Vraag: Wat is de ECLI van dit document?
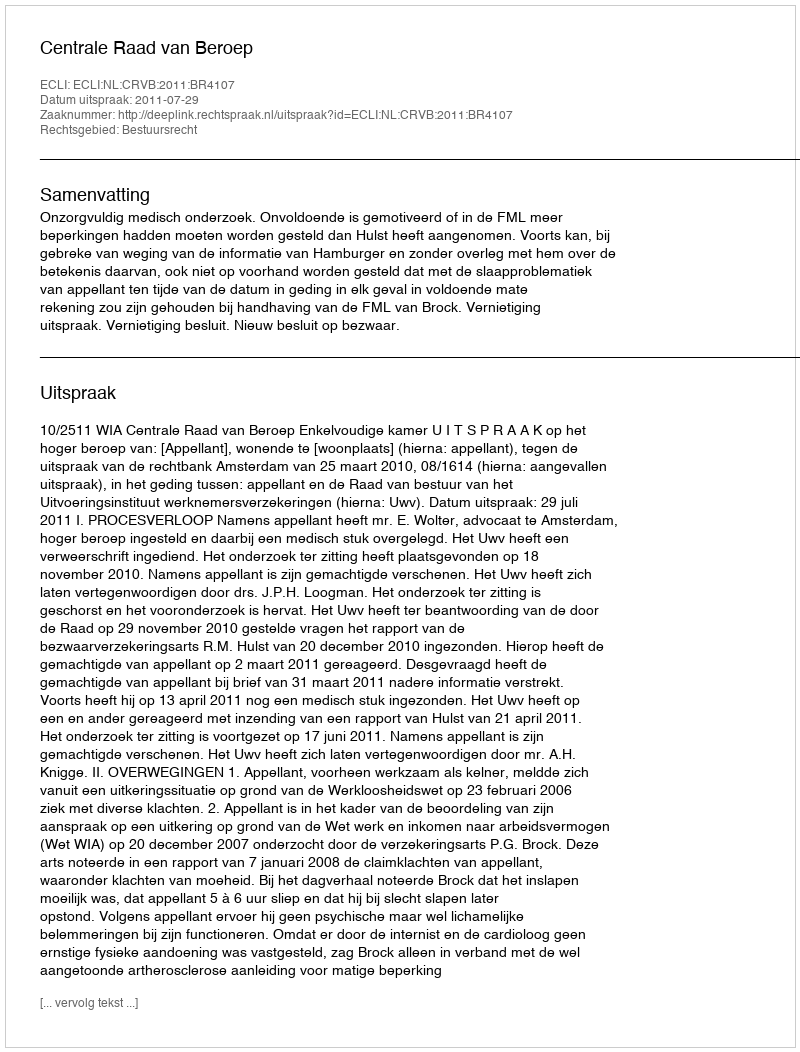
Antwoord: ECLI:NL:CRVB:2011:BR4107